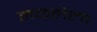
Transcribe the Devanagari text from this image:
मळलेला